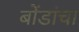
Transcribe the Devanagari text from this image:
बोंडांचा